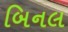
બિનલ